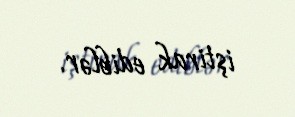
iştirak ediblər.